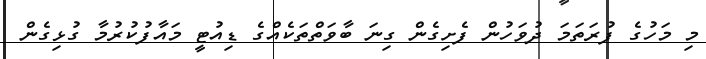
މި މަހުގެ ފުރަތަމަ ދުވަހުން ފެށިގެން ގިނަ ބާވަތްތަކެއްގެ ޑިއުޓީ މައާފުކުރުމާ ގުޅިގެން